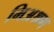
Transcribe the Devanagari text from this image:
मिअश्रण